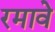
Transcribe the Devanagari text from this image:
रमावे